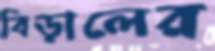
বিড়ালের